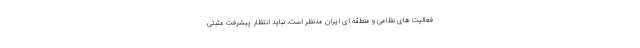
فعالیت های نظامی و منطقه ای ایران مدنظر است، نباید انتظار پیشرفت مثبتی